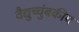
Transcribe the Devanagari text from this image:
वैद्युच्चुंबकीय